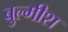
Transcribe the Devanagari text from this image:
बुल्मीश